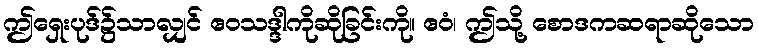
ဤရှေးပုဒ်၌သာလျှင် ဧဝသဒ္ဒါကိုဆိုခြင်းကို။ ဧဝံ၊ ဤသို့ စောဒကဆရာဆိုသော